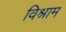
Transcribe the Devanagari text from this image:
विश्राम